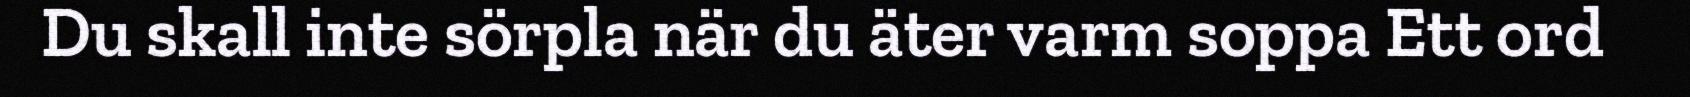
Du skall inte sörpla när du äter varm soppa Ett ord